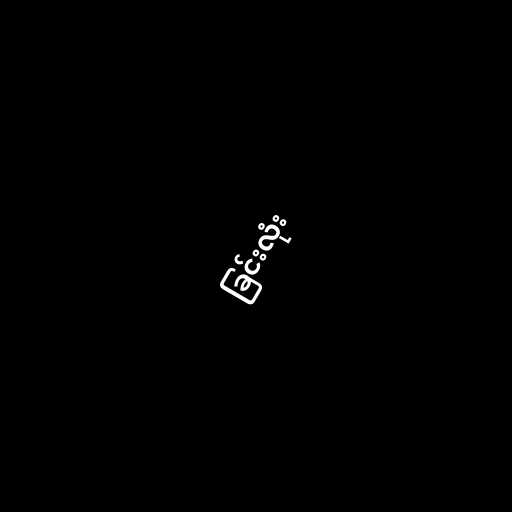
ခြင်းလုံး